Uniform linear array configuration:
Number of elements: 8
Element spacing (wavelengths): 0.25
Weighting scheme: blackman
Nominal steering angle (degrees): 45
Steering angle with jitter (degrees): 45.671
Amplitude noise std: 0.05
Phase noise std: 0.05

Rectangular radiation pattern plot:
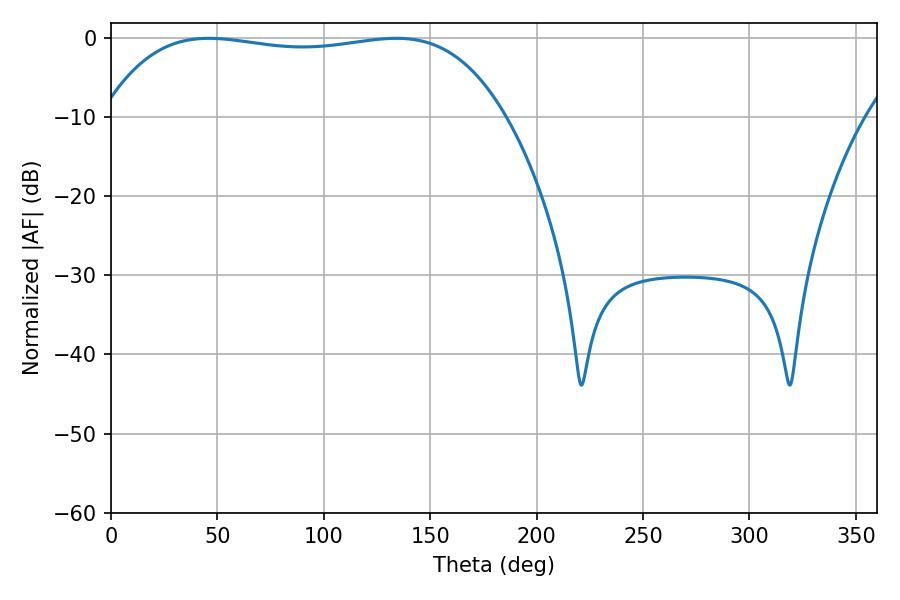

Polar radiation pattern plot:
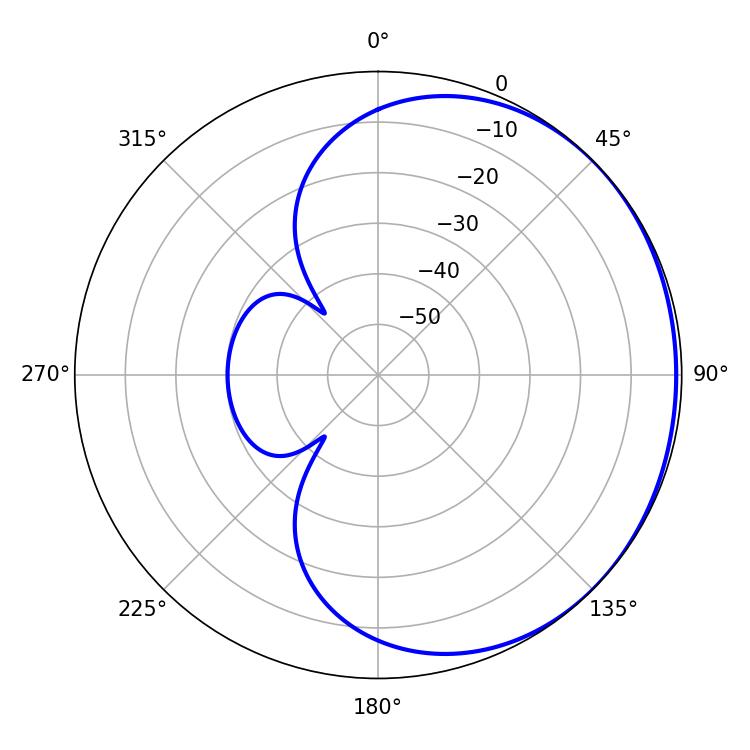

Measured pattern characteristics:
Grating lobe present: FALSE
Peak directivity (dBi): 0.7004
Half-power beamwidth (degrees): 150.48
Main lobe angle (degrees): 45.9